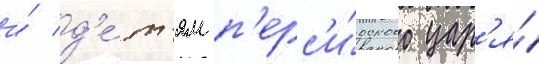
и́ д'е́т'ям п'ерс'и́дского цар'я́